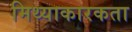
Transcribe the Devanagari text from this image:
मिथ्याकारकता